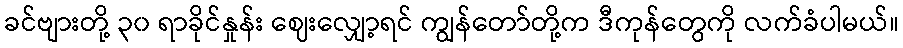
ခင်ဗျားတို့ ၃၀ ရာခိုင်နှုန်း ဈေးလျှော့ရင် ကျွန်တော်တို့က ဒီကုန်တွေကို လက်ခံပါမယ်။